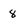
Character: 8